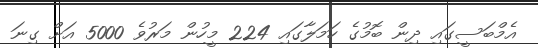
އެމްބަސީގައި ދިން ބޮމުގެ ހަމަލާގައި 224 މީހުން މަރުވެ 5000 އަށް ގިނަ